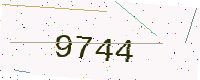
Text: 9744